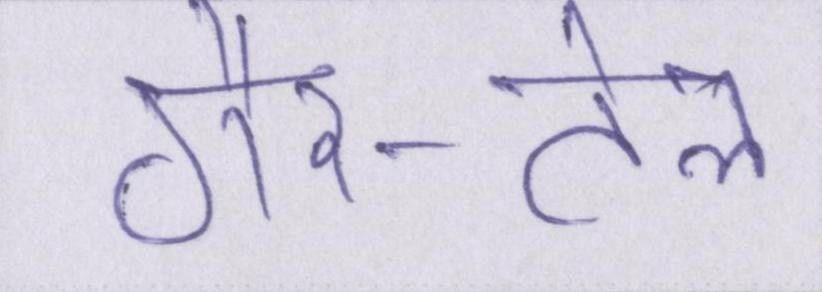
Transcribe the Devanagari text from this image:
गैर-तेल